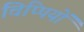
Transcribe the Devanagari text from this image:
चिप्पियों